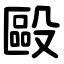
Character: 毆